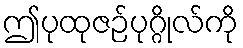
ဤပုထုဇဉ်ပုဂ္ဂိုလ်ကို